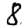
Digit: 8